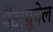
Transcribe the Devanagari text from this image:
पैंटाग्रूवेल